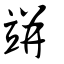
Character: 𥩵